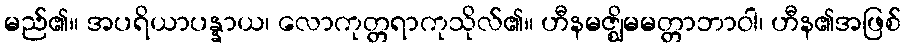
မည်၏။ အပရိယာပန္နာယ၊ လောကုတ္တရာကုသိုလ်၏။ ဟီနမဇ္ဈိမမတ္တာဘာဝါ၊ ဟီန၏အဖြစ်